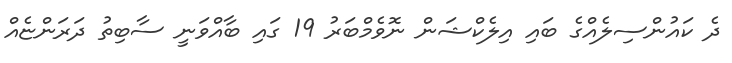
ދެ ކައުންސިލެއްގެ ބައި އިލެކްޝަން ނޮވެމްބަރު 19 ގައި ބާއްވަނީ ސާބިތު ދަރަންޏެއް